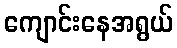
ကျောင်းနေအရွယ်